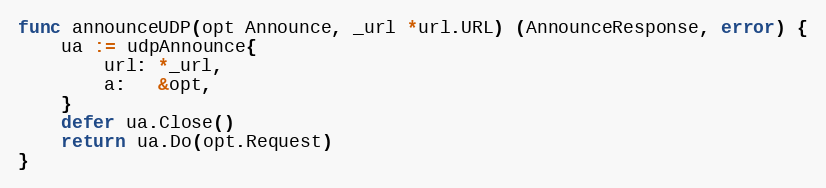
Language: Go
func announceUDP(opt Announce, _url *url.URL) (AnnounceResponse, error) {
	ua := udpAnnounce{
		url: *_url,
		a:   &opt,
	}
	defer ua.Close()
	return ua.Do(opt.Request)
}